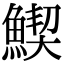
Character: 䱮